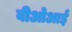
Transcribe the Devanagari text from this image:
वीओआई